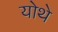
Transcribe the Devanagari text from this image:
योथे